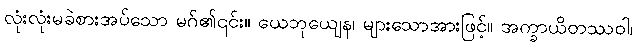
လုံးလုံးမခဲစားအပ်သော မဂ်၏၎င်း။ ယေဘုယျေန၊ များသောအားဖြင့်။ အက္ခာယိတဿဝါ၊